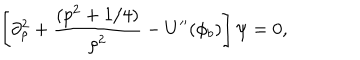
\left[ \partial _ { \rho } ^ { 2 } + \frac { ( p ^ { 2 } + 1 / 4 ) } { \rho ^ { 2 } } - U ^ { \prime \prime } ( \phi _ { b } ) \right] \psi = 0 ,